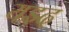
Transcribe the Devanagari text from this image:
यझ्द